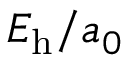
E _ { \mathrm { h } } / a _ { 0 }